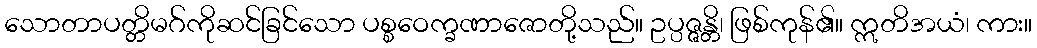
သောတာပတ္တိမဂ်ကိုဆင်ခြင်သော ပစ္စဝေက္ခဏာဇောတို့သည်။ ဥပ္ပဇ္ဇန္တိ၊ ဖြစ်ကုန်၏။ ဣတိအယံ၊ ကား။